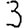
Digit: 3